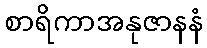
စာရိကာအနုဇာနနံ